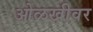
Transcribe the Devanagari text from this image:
ओळखीवर